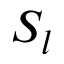
S _ { l }